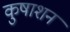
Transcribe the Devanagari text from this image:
कुषाशन